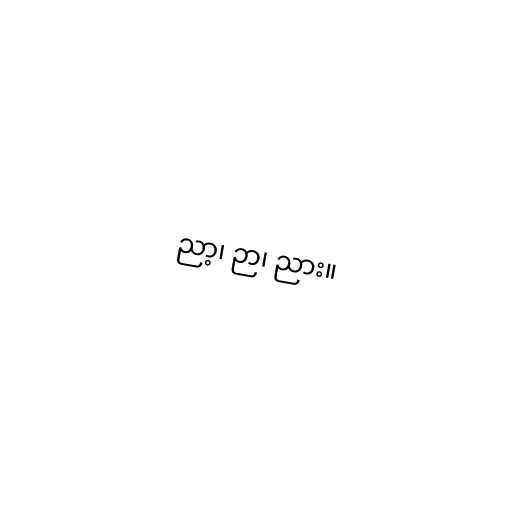
ညာ့၊ ဉာ၊ ညား။